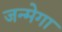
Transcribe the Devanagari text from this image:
जन्मेगा